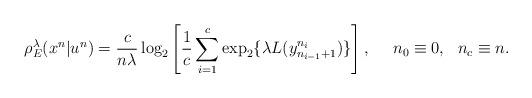
LaTeX: \begin{align*}\rho_E^\lambda(x^n|u^n)=\frac{c}{n\lambda}\log_2\left[\frac{1}{c}\sum_{i=1}^c\exp_2\{\lambda L(y_{n_{i-1}+1}^{n_i})\}\right],~~~~n_0\equiv 0,~~n_c\equiv n.\end{align*}